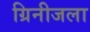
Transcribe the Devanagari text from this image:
ग्रिनीजला